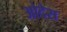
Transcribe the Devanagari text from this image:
ओदेस